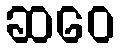
ဆဝေ